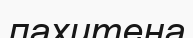
пахитена